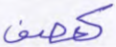
كعصف